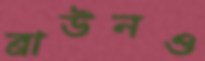
ব্রাউনও